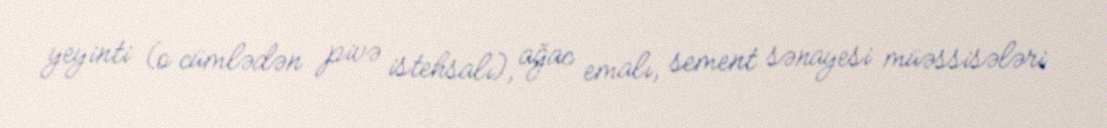
yeyinti (o cümlədən pivə istehsalı), ağac emalı, sement sənayesi müəssisələri